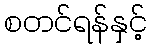
စတင်ရန်နှင့်